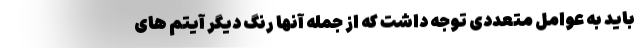
باید به عوامل متعددی توجه داشت که از جمله آنها رنگ دیگر آیتم های